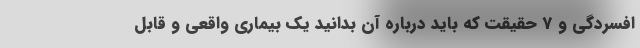
افسردگی و 7 حقیقت که باید درباره آن بدانید یک بیماری واقعی و قابل